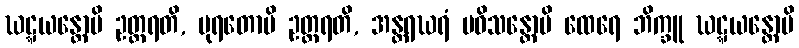
ဃဋ္ဋယန္တောပိ ဥတ္တရတိ, ပုရတောပိ ဥတ္တရတိ, အန္တရဃရံ ပဝိသန္တောပိ ထေရေ ဘိက္ခူ ဃဋ္ဋယန္တောပိ